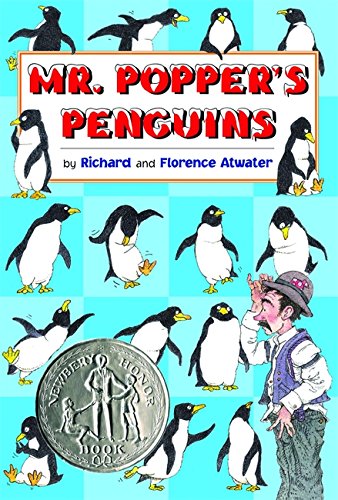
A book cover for Mr. Popper's Penguins; Richard Atwater; Children's Books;